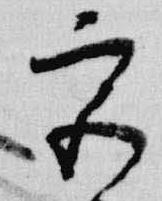
宮